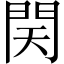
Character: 𨳨